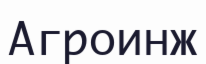
Агроинж